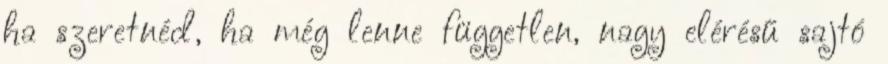
ha szeretnéd, ha még lenne független, nagy elérésű sajtó